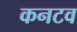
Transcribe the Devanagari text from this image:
कनटव